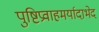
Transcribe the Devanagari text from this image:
पुष्टिप्रवाहमर्यादाभेद